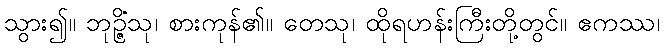
သွား၍။ ဘုဉ္ဇိံသု၊ စားကုန်၏။ တေသု၊ ထိုရဟန်းကြီးတို့တွင်။ ဧကဿ၊